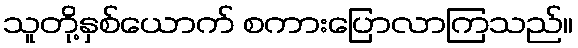
သူတို့နှစ်ယောက် စကားပြောလာကြသည်။